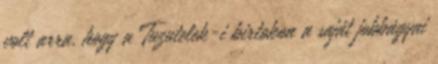
volt arra, hogy a Tuzutelek-i birtokon a saját jobbágyai